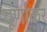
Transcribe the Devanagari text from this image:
घूर्णाकर